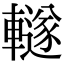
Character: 䡵